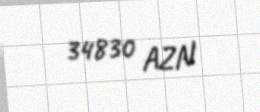
34830 AZN